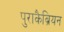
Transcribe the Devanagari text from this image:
पुराकैब्रियन